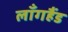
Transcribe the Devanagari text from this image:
लाँगहैंड